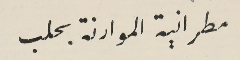
مطرانية الموارنة بحلب